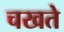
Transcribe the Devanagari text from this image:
चखते